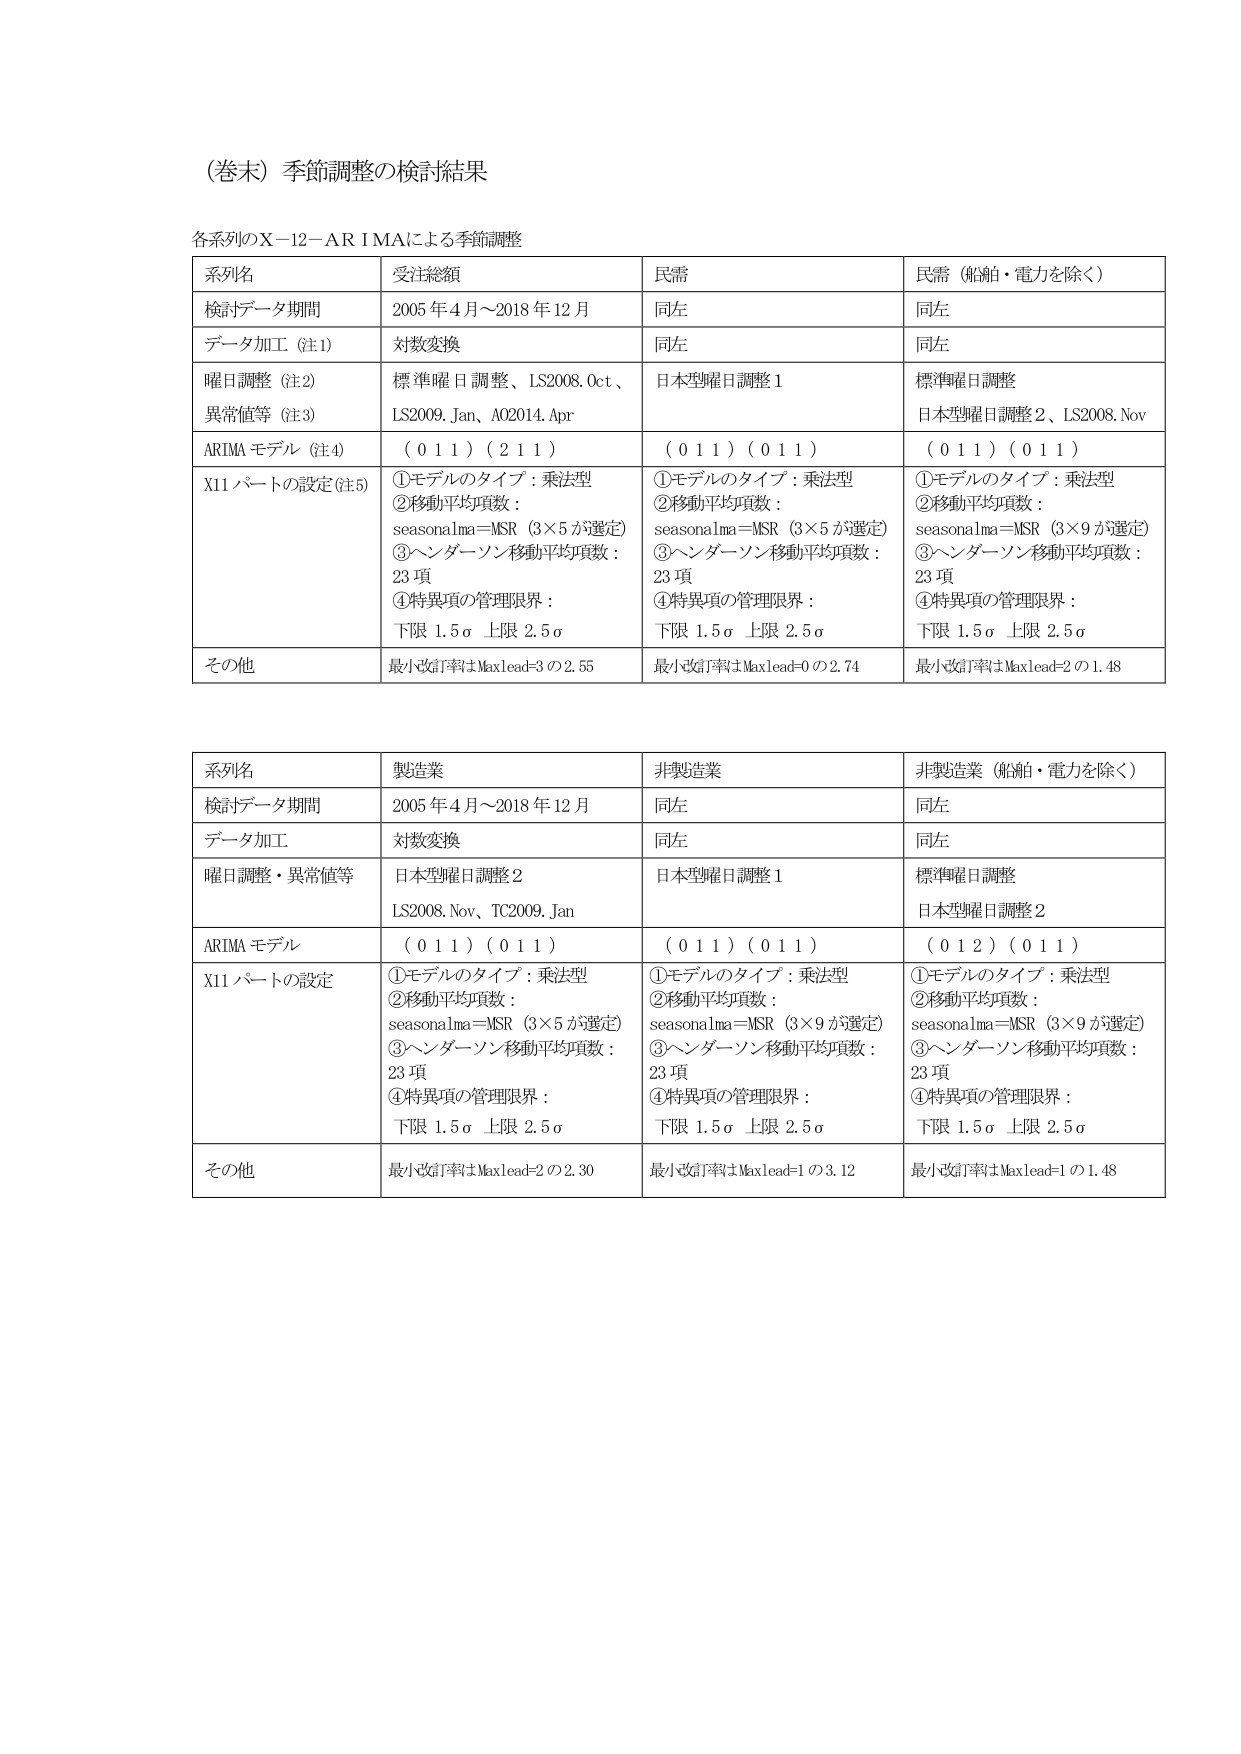
（巻末）季節調整の検討結果

各系列のX－12－ARIMAによる季節調整

| 系列名 | 受注総額 | 民需 | 民需（船舶・電力を除く） |
|--------|----------|------|--------------------------|
| 検討データ期間 | 2005 年 4 月～2018 年 12 月 | 同左 | 同左 |
| データ加工（注1） | 対数変換 | 同左 | 同左 |
| 曜日調整（注2）<br>異常値等（注3） | 標準曜日調整、LS2008.Oct、<br>LS2009.Jan、A02014.Apr | 日本型曜日調整1 | 標準曜日調整<br>日本型曜日調整2、LS2008.Nov |
| ARIMA モデル（注4） | （0 1 1）（2 1 1） | （0 1 1）（0 1 1） | （0 1 1）（0 1 1） |
| X11 パートの設定（注5） | ①モデルのタイプ：乗法型<br>②移動平均項数：<br>seasonalma＝MSR（3×5 が選定）<br>③ヘンダーソン移動平均項数：<br>23 項<br>④特異項の管理限界：<br>下限 1.5σ 上限 2.5σ | ①モデルのタイプ：乗法型<br>②移動平均項数：<br>seasonalma＝MSR（3×5 が選定）<br>③ヘンダーソン移動平均項数：<br>23 項<br>④特異項の管理限界：<br>下限 1.5σ 上限 2.5σ | ①モデルのタイプ：乗法型<br>②移動平均項数：<br>seasonalma＝MSR（3×9 が選定）<br>③ヘンダーソン移動平均項数：<br>23 項<br>④特異項の管理限界：<br>下限 1.5σ 上限 2.5σ |
| その他 | 最小改訂率はMaxlead=3 の2.55 | 最小改訂率はMaxlead=0 の2.74 | 最小改訂率はMaxlead=2 の1.48 |

| 系列名 | 製造業 | 非製造業 | 非製造業（船舶・電力を除く） |
|--------|--------|----------|--------------------------|
| 検討データ期間 | 2005 年 4 月～2018 年 12 月 | 同左 | 同左 |
| データ加工 | 対数変換 | 同左 | 同左 |
| 曜日調整・異常値等 | 日本型曜日調整2<br>LS2008.Nov、TC2009.Jan | 日本型曜日調整1 | 標準曜日調整<br>日本型曜日調整2 |
| ARIMA モデル | （0 1 1）（0 1 1） | （0 1 1）（0 1 1） | （0 1 2）（0 1 1） |
| X11 パートの設定 | ①モデルのタイプ：乗法型<br>②移動平均項数：<br>seasonalma＝MSR（3×5 が選定）<br>③ヘンダーソン移動平均項数：<br>23 項<br>④特異項の管理限界：<br>下限 1.5σ 上限 2.5σ | ①モデルのタイプ：乗法型<br>②移動平均項数：<br>seasonalma＝MSR（3×9 が選定）<br>③ヘンダーソン移動平均項数：<br>23 項<br>④特異項の管理限界：<br>下限 1.5σ 上限 2.5σ | ①モデルのタイプ：乗法型<br>②移動平均項数：<br>seasonalma＝MSR（3×9 が選定）<br>③ヘンダーソン移動平均項数：<br>23 項<br>④特異項の管理限界：<br>下限 1.5σ 上限 2.5σ |
| その他 | 最小改訂率はMaxlead=2 の2.30 | 最小改訂率はMaxlead=1 の3.12 | 最小改訂率はMaxlead=1 の1.48 |